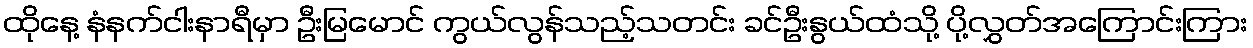
ထိုနေ့ နံနက်ငါးနာရီမှာ ဦးမြမောင် ကွယ်လွန်သည့်သတင်း ခင်ဦးနွယ်ထံသို့ ပို့လွှတ်အကြောင်းကြား